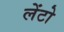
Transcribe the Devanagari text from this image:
लेंटो